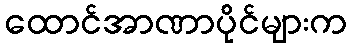
ထောင်အာဏာပိုင်များက